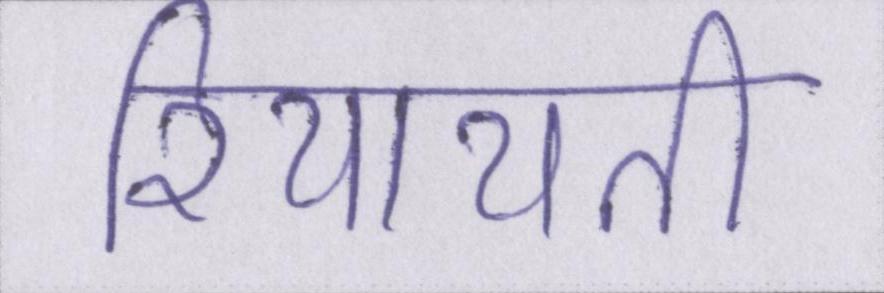
रियायती